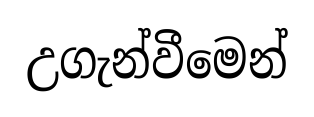
උගැන්වීමෙන්